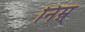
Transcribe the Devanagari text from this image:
निम्न्